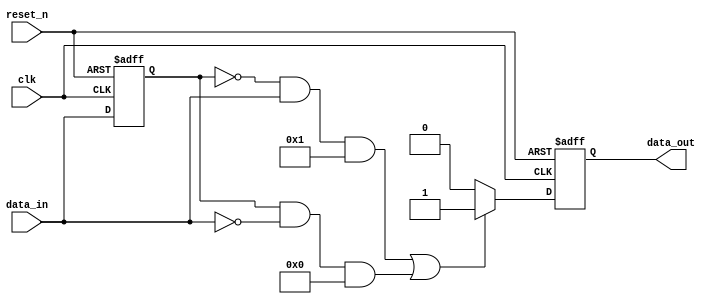
/********************************************************************
* Module:    edge_detector
* Function:  Detects + and/or - edge, and generates pulse for single event
* Revision:  1.0  July 21, 2005
********************************************************************/

//Copyright  2008 Altera Corporation. All rights reserved.  Altera products 
//are protected under numerous U.S. and foreign patents, maskwork rights, 
//copyrights and other intellectual property laws.  
//
//This reference design file, and your use thereof, is subject to and governed
//by the terms and conditions of the applicable Altera Reference Design 
//License Agreement.  By using this reference design file, you indicate your
//acceptance of such terms and conditions between you and Altera Corporation.
//In the event that you do not agree with such terms and conditions, you may
//not use the reference design file. Please promptly destroy any copies you 
//have made.
//
//This reference design file being provided on an "as-is" basis and as an 
//accommodation and therefore all warranties, representations or guarantees
//of any kind (whether express, implied or statutory) including, without 
//limitation, warranties of merchantability, non-infringement, or fitness for
//a particular purpose, are specifically disclaimed.  By making this reference
//design file available, Altera expressly does not recommend, suggest or 
//require that this reference design file be used in combination with any 
//other product not provided by Altera


module edge_detector	(
								clk,
								reset_n,
								data_in,
								data_out			
						);
							
	parameter	enable_positive_edge 	= 1;	// Generates pulse on positive edge
	parameter 	enable_negative_edge	= 0;	// Generates pulse on negative edge
	parameter	pulse_polarity			= 1;	// Pulse polarity							

	input		clk;
	input		reset_n;
	input		data_in;
	output	reg	data_out;
																		
// Internal data structures:
	reg			data_in_prev;	// 4 deep metastabilier	
	reg			edge_detected;

	always	@(posedge clk or negedge reset_n)
	begin
		if	(!reset_n)
		begin
			data_out		<=	!pulse_polarity;
			data_in_prev	<=	!pulse_polarity;
		end else begin
			if
			(
					((!data_in_prev) && data_in && enable_positive_edge)	||
					(data_in_prev && (!data_in) && enable_negative_edge)
			)
			begin
				data_out	<=	pulse_polarity;
			end else begin
				data_out	<=	!pulse_polarity;
			end
			data_in_prev	<=	data_in;			
		end
	end
					

endmodule